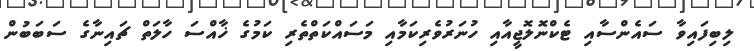
ލިބިފައިވާ ސައެންސާއި ޓެކްނޮލޮޖީއާއި ހުނަރުވެރިކަމާއި މަސައްކަތްތެރި ކަމުގެ ޚާއްސަ ހާލަތް ޗައިނާގެ ސަބަބުން